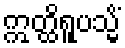
ဣတ္ထိရူပသ္မိံ